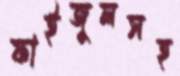
ফাইজুলসহ